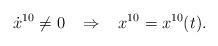
LaTeX: \begin{align*}\dot{x}^{10} \neq 0 \; \; \; \Rightarrow \; \; \; x^{10}=x^{10}(t).\end{align*}